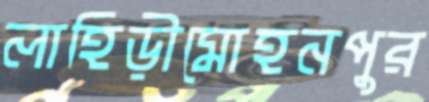
লাহিড়ীমোহনপুর